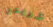
شريدر